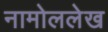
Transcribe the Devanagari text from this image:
नामोललेख